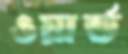
ওয়ার্ল্ড